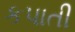
કપાતી